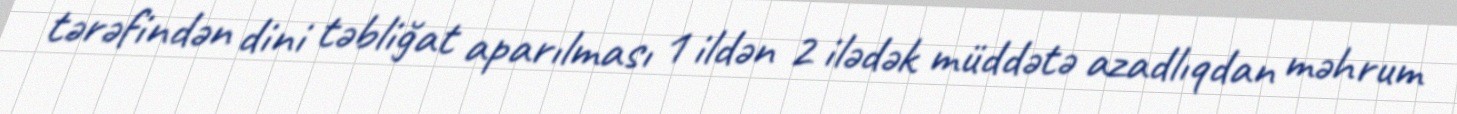
tərəfindən dini təbliğat aparılması 1 ildən 2 ilədək müddətə azadlıqdan məhrum